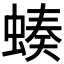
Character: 𧎝